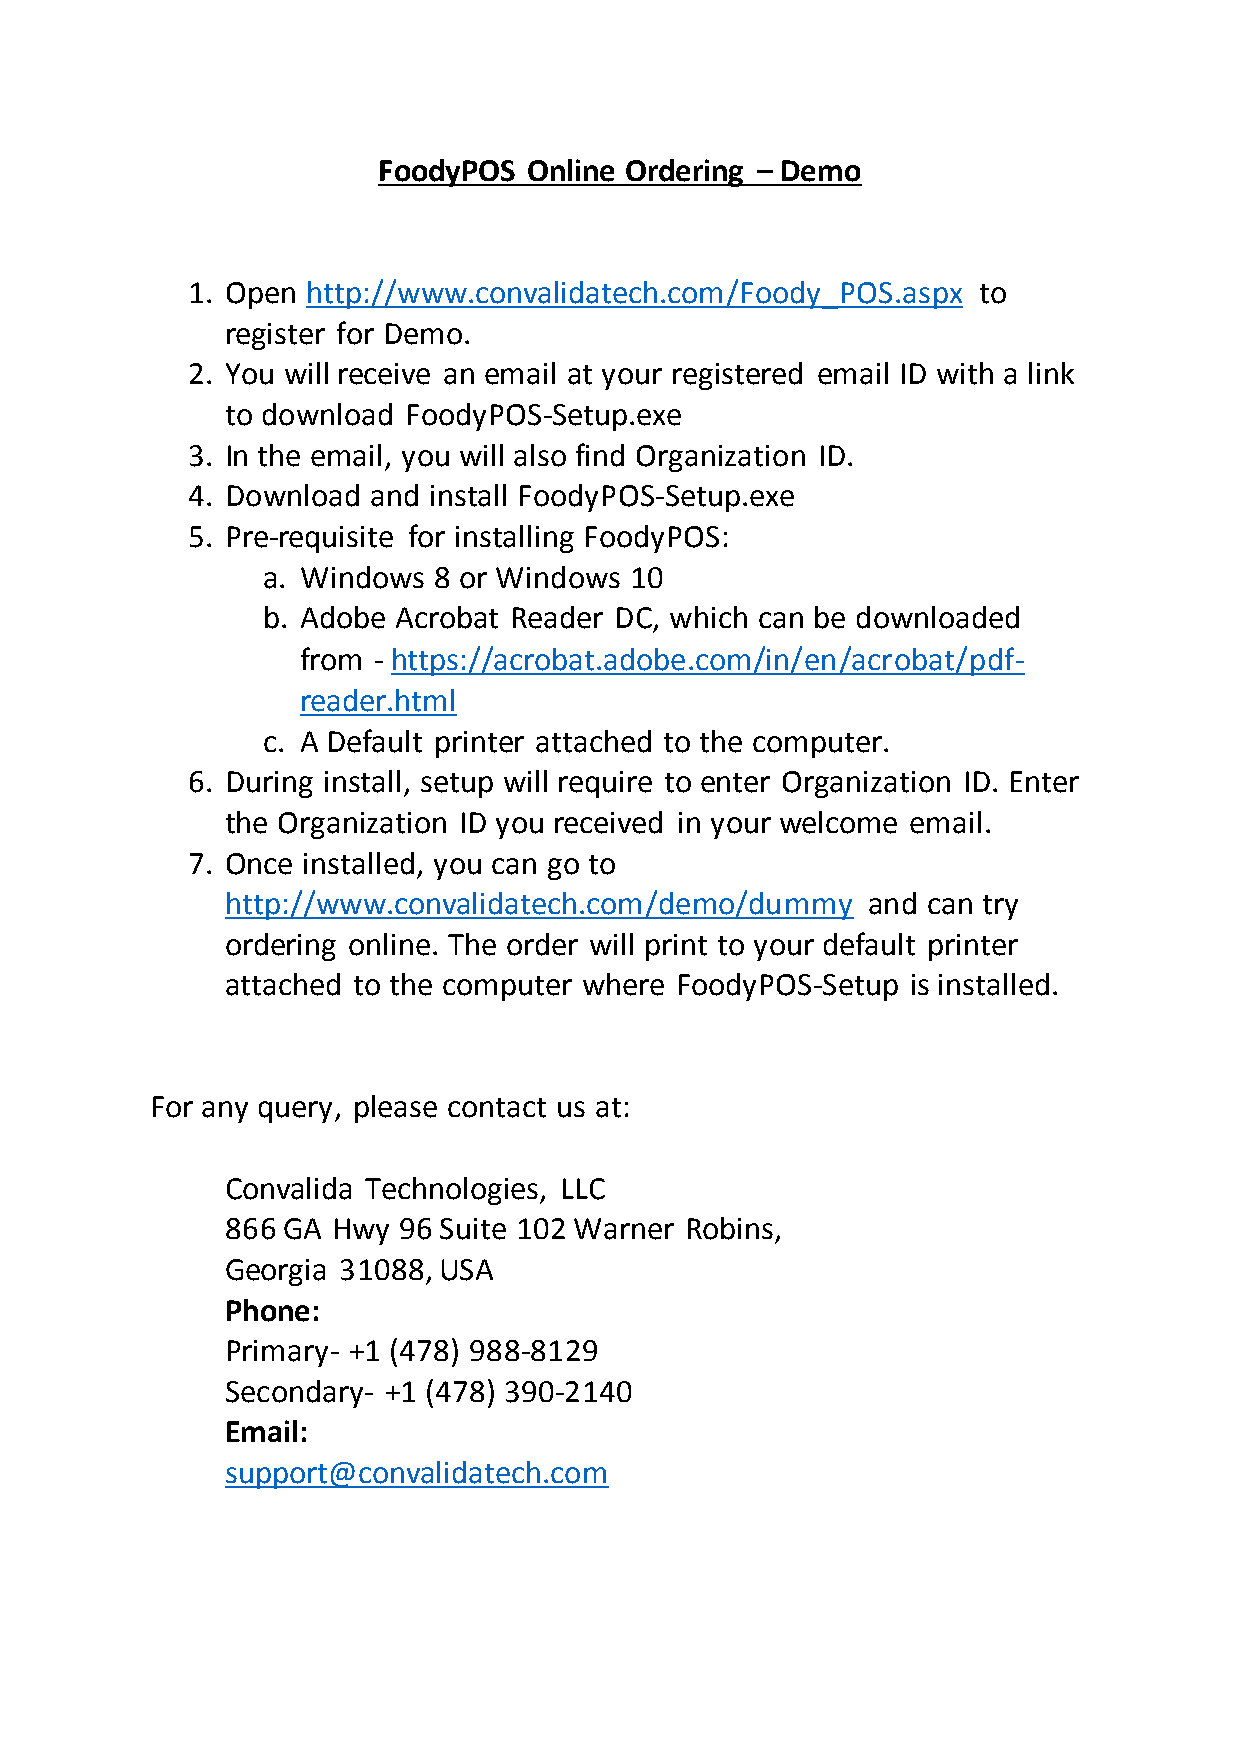
FoodyPOS  Online Ordering – Demo
 1. Open http://www.convalidatech.com/Foody_POS.aspx  to
 register for Demo.
 2. You will receive an email at your registered email ID with a link
 to download FoodyPOS-Setup.exe
 3. In the email, you will also find Organization ID.
 4. Download  and install FoodyPOS-Setup.exe
 5. Pre-requisite for installing FoodyPOS:
 a. Windows  8 or Windows 10
 b. Adobe Acrobat Reader DC, which can be downloaded
 from - https://acrobat.adobe.com/in/en/acrobat/pdf-
 reader.html
 c. A Default printer attached to the computer.
 6. During install, setup will require to enter Organization ID. Enter
 the Organization ID you received in your welcome email.
 7. Once installed, you can go to
 http://www.convalidatech.com/demo/dummy   and can try
 ordering online. The order will print to your default printer
 attached to the computer where FoodyPOS-Setup is installed.
 For any query, please contact us at:
 Convalida Technologies, LLC
 866 GA Hwy 96 Suite 102 Warner Robins,
 Georgia 31088, USA
 Phone:
 Primary- +1 (478) 988-8129
 Secondary- +1 (478) 390-2140
 Email:
 support@convalidatech.com